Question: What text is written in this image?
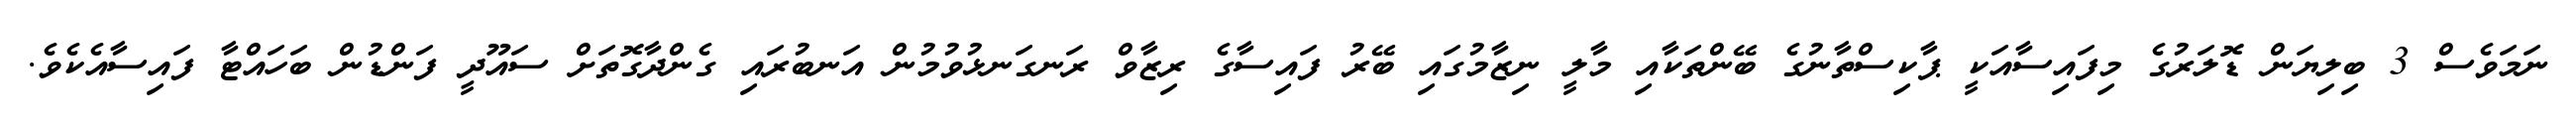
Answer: ނަމަވެސް 3 ބިލިޔަން ޑޮލަރުގެ މިފައިސާއަކީ ޕާކިސްތާނުގެ ބޭންތަކާއި މާލީ ނިޒާމުގައި ބޭރު ފައިސާގެ ރިޒާވް ރަނގަނޅުވުމުން އަނބުރައި ގެންދާގޮތަށް ސައޫދީ ފަންޑުން ބަހައްޓާ ފައިސާއެކެވެ.